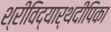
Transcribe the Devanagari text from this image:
श्रीविद्यार्थदीपिका